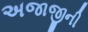
અજાજીની